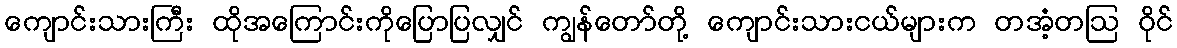
ကျောင်းသားကြီး ထိုအကြောင်းကိုပြောပြလျှင် ကျွန်တော်တို့ ကျောင်းသားငယ်များက တအံ့တဩ ဝိုင်